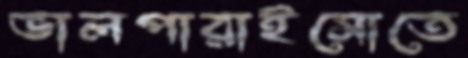
ভালপারাইসোতে